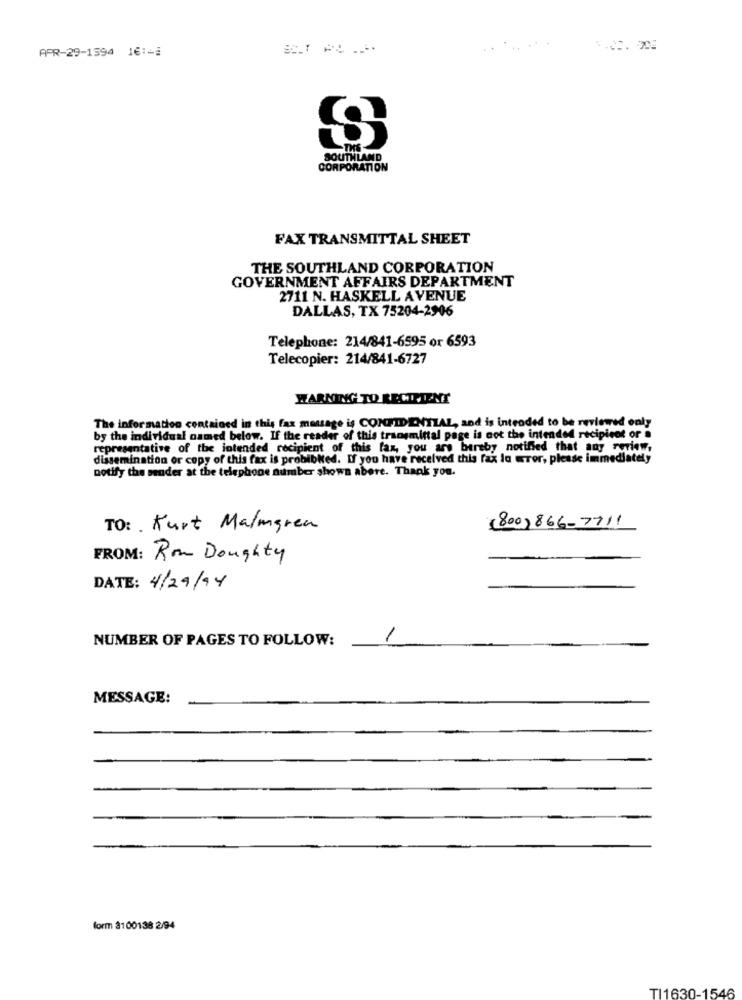
APR-29-1594 16:48
.. ... ..
SOUTHLAND
CORPORATION
FAX TRANSMITTAL SHEET
THE SOUTHLAND CORPORATION
GOVERNMENT AFFAIRS DEPARTMENT
2711 N. HASKELL AVENUE
DALLAS, TX 75204-2906
Telephone: 214/841-6595 or 6593
Telecopier: 214/841-6727
WARNING TO RECIPIENT
The information contained in this fax message is CONFIDENTIAL, and is intended to be reviewed only
by the individual named below. If the reader of this transmittal page is not the intended recipient or a
representative of the intended recipient of this fax, you are hereby notified that any review,
dissemination or copy of this fax is probibled. If you have received this fax la wror, please immediately
notify the sender at the telephone number shown abere. Thank you.
TO: Kurt Malmgren
(800)866-7711
FROM: Row Doughty
DATE: 4/29/94
NUMBER OF PAGES TO FOLLOW:
1
MESSAGE:
form 3100138 2/94
TI1630-1546